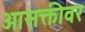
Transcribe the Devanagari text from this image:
आसक्तीवर